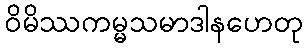
ဝိမိဿကမ္မသမာဒါနဟေတု